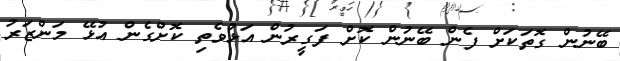
ބޭނުން ގޮތަކަށް ފެން ބޭނުން ކޮށް ފަގީރުން އަޅުވެތި ކޮށްގެން އުޅޭ މަންޒަރު